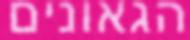
הגאונים